Vaccination North-Western Provinces and Oudh 1896-1901 - 1896-1901
Year: 1896
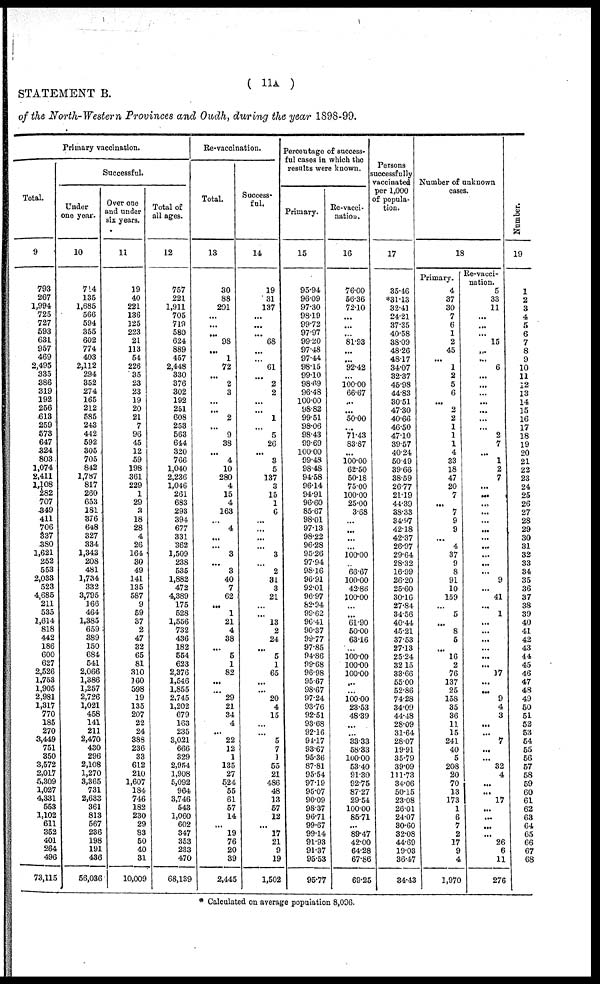
( 11A )
STATEMENT B.
of the North-Western Provinces and Oudh, during the year 1898-99.
Primary vaccination.
Total.
9
793
267
1,994
725
727
593
631
957
469
2,495
335
386
319
192
256
613
259
573
647
324
803
1,074
2,411
1,108
282
707
349
411
706
337
380
1,621
252
553
2,033
523
4,685
211
535
1,614
818
442
186
600
627
2,526
1,753
1,905
2,981
1,317
770
185
270
3,449
751
350
3,572
2,017
5,309
1,027
4,331
553
1,102
611
352
401
264
496
73,115
Successful.
Under
one year.
10
714
135
1,685
566
594
355
602
774
403
2,112
294
352
274
165
212
585
243
442
592
305
705
842
1,787
817
260
653
181
376
648
327
334
1,343
208
481
1,734
332
3,795
166
464
1,385
659
389
150
684
541
2,066
1,386
1,257
2,726
1,021
458
141
211
2,470
430
296
2,108
1,270
3,365
731
2,633
361
813
567
236
198
191
436
56,036
Over one
and under
six years.
11
19
40
221
136
125
223
21
113
54
226
35
23
23
19
20
21
7
96
45
12
59
198
361
229
1
29
3
18
28
4
26
164
30
49
141
135
587
9
59
37
2
47
32
65
81
310
160
598
19
135
207
22
24
388
236
33
612
210
1,607
184
746
182
230
29
83
50
40
31
10,009
Total of
all ages.
12
757
221
1,911
705
719
580
624
889
457
2,448
330
376
302
192
251
608
253
563
644
320
766
1,040
2,236
1,046
261
683
293
394
677
331
362
1,509
238
535
1,882
472
4,389
175
528
1,556
732
436
182
554
623
2,376
1,546
1,855
2,745
1,202
679
163
235
3,021
666
329
2,954
1,908
5,092
964
3,746
543
1,060
602
347
353
233
470
68,139
Re-vaccination.
Total.
13
30
88
201
...
...
...
98
...
1
72
...
2
3
...
...
2
...
9
38
...
4
10
280
4
15
4
163
...
4
...
...
3
...
3
40
7
62
...
1
21
4
38
...
5
1
82
...
...
29
21
34
4
...
22
12
1
135
27
524
55
61
57
14
...
19
76
20
39
2,445
Success-
ful.
14
19
31
137
...
...
...
68
...
...
61
...
2
2
...
...
1
...
5
26
...
3
5
137
3
15
1
6
...
...
...
...
3
...
2
31
3
21
...
...
13
2
24
...
5
1
65
...
...
20
4
15
...
...
5
7
1
55
21
486
48
13
57
12
...
17
21
9
19
1,502
Percentage of success¬
ful cases in which the
results were known.
Primary.
15
95.94
96.09
97.30
98.19
99.72
97.97
99.20
97.48
97.44
98.15
99.10
98.69
96.48
100.00
98.82
99.51
98.06
98.43
99.69
100.00
99.48
98.48
94.58
96.14
94.91
96.60
85.67
98.01
97.13
98.22
96.28
95.26
97.94
98.16
96.91
92.01
96.97
82.94
99.62
96.41
90.37
99.77
97.85
94.86
99.68
96.98
95.67
98.67
97.24
93.76
92.51
93.68
92.16
94.17
93.67
95.36
87.81
95.54
97.19
95.07
90.09
98.37
96.71
99.67
99.14
91.93
91.37
95.53
95.77
Re-vacci¬
nation.
16
76.00
56.36
72.10
...
...
...
81.93
...
...
92.42
...
100.00
66.67
...
...
50.00
...
71.43
83.87
...
100.00
62.50
50.18
75.00
100.00
25.00
3.68
...
...
...
...
100.00
...
66.67
100.00
42.86
100.00
...
...
61.90
50.00
63.16
...
100.00
100.00
100.00
...
...
100.00
23.53
48.39
...
...
33.33
58.33
100.00
53.40
91.30
92.75
87.27
29.54
100.00
85.71
...
89.47
42.00
64.28
67.86
69.25
Persons
successfully
vaccinated
per 1,000
of popula-
tion.
17
35.46
*31.13
32.41
24.21
37.35
40.58
38.09
48.26
48.17
34.07
32.37
45.98
44.83
30.51
47.30
40.66
46.50
47.10
39.57
40.24
50.49
39.66
38.59
26.77
21.19
44.39
38.33
34.97
42.18
42.37
26.97
29.64
28.32
16.99
26.20
25.60
30.16
27.84
34.56
40.44
45.21
37.53
27.13
25.24
32.15
33.66
55.00
52.86
74.28
34.09
44.48
28.09
31.64
28.07
19.91
35.79
39.09
111.73
34.06
50.15
23.08
26.01
24.07
30.60
32.08
44.69
19.03
36.47
34.43
Number of unknown
cases.
18
Primary.
4
37
30
7
6
1
2
45
...
1
2
5
6
...
2
2
1
1
1
4
33
18
47
20
7
...
7
9
9
...
4
37
9
8
91
10
159
...
5
...
8
5
...
16
2
76
137
25
158
35
36
11
15
241
40
5
208
20
70
13
173
1
6
7
2
17
9
4
1,970
Re-vacci-
nation.
5
33
11
...
...
...
15
...
...
6
...
...
...
...
...
...
...
2
7
...
1
2
7
...
...
...
...
...
...
...
...
...
...
...
9
...
41
...
1
...
...
...
...
...
...
17
...
...
9
4
3
...
...
7
...
...
32
4
...
...
17
...
...
...
...
26
6
11
276
Number.
19
1
2
3
4
5
6
7
8
9
10
11
12
13
14
15
16
17
18
19
20
21
22
23
24
25
26
27
28
29
30
31
32
33
34
35
36
37
38
39
40
41
42
43
44
45
46
47
48
49
50
51
52
53
54
55
56
57
58
59
60
61
62
63
64
65
66
67
68
* Calculated on average population 8,006.